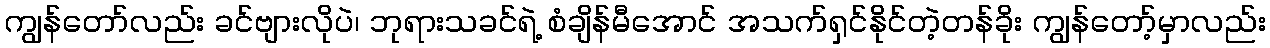
ကျွန်တော်လည်း ခင်ဗျားလိုပဲ၊ ဘုရားသခင်ရဲ့ စံချိန်မီအောင် အသက်ရှင်နိုင်တဲ့တန်ခိုး ကျွန်တော့်မှာလည်း